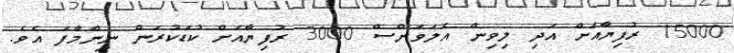
15000 ރުފިޔާއަށް އަދި ލިވިން އެލަވަންސް 3000 ރުފިޔާއަށް ކުޑަކުރަން ނިންމާފަ އެވެ.